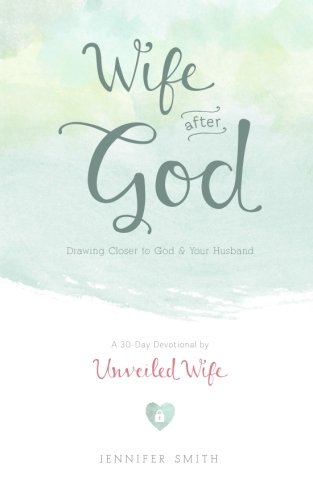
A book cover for Wife After God: Drawing Closer to God & Your Husband; Jennifer Smith; Christian Books & Bibles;